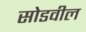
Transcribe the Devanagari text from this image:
सोडवील